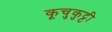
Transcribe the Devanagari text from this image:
कूचुकुट्टी